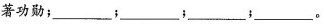
著功勋；____；___；______；_____。